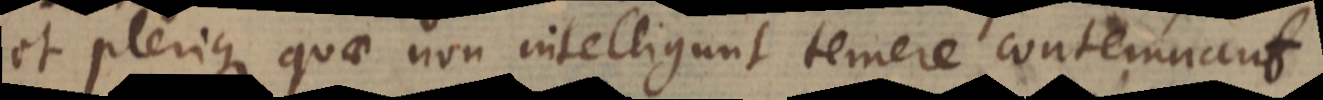
et plerique quae non intelligunt temere contemnant